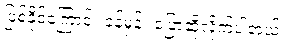
ဖြစ်နိုင်ကြောင်း ခန့်မှန်း ပြောဆိုလိုက်ပါတယ်။